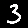
Digit: 3